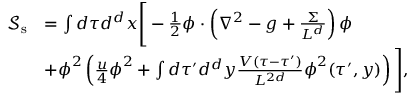
\begin{array} { r l } { \mathcal { S } _ { \mathrm { s } } } & { = \int d \tau d ^ { d } x \Bigg [ - \frac { 1 } { 2 } \boldsymbol { \phi } \cdot \left( \nabla ^ { 2 } - g + \frac { \Sigma } { L ^ { d } } \right) \boldsymbol { \phi } } \\ & { + \boldsymbol { \phi } ^ { 2 } \left( \frac { u } { 4 } \boldsymbol { \phi } ^ { 2 } + \int d \tau ^ { \prime } d ^ { d } y \frac { V ( \tau - \tau ^ { \prime } ) } { L ^ { 2 d } } \boldsymbol { \phi } ^ { 2 } ( \tau ^ { \prime } , y ) \right) \Bigg ] , } \end{array}